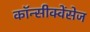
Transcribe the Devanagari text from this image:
कॉन्सीक्वेंसेज